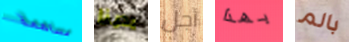
مساهمة يدينا أجل بهذا بالم